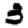
Digit: 3